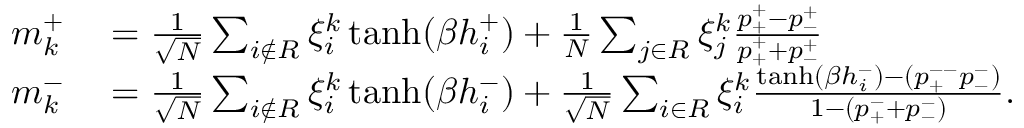
\begin{array} { r l } { m _ { k } ^ { + } } & { { } = \frac { 1 } { \sqrt { N } } \sum _ { i \notin { \cal R } } \xi _ { i } ^ { k } \operatorname { t a n h } ( \beta h _ { i } ^ { + } ) + \frac { 1 } { N } \sum _ { j \in { \cal R } } \xi _ { j } ^ { k } \frac { p _ { + } ^ { + } - p _ { - } ^ { + } } { p _ { + } ^ { + } + p _ { - } ^ { + } } } \\ { m _ { k } ^ { - } } & { { } = \frac { 1 } { \sqrt { N } } \sum _ { i \notin { \cal R } } \xi _ { i } ^ { k } \operatorname { t a n h } ( \beta h _ { i } ^ { - } ) + \frac { 1 } { \sqrt { N } } \sum _ { i \in { \cal R } } \xi _ { i } ^ { k } \frac { \operatorname { t a n h } ( \beta h _ { i } ^ { - } ) - ( p _ { + } ^ { -- } p _ { - } ^ { - } ) } { 1 - \left( p _ { + } ^ { - } + p _ { - } ^ { - } \right) } . } \end{array}